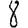
Digit: 8